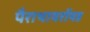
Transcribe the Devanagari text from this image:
पैराथायरॉयड